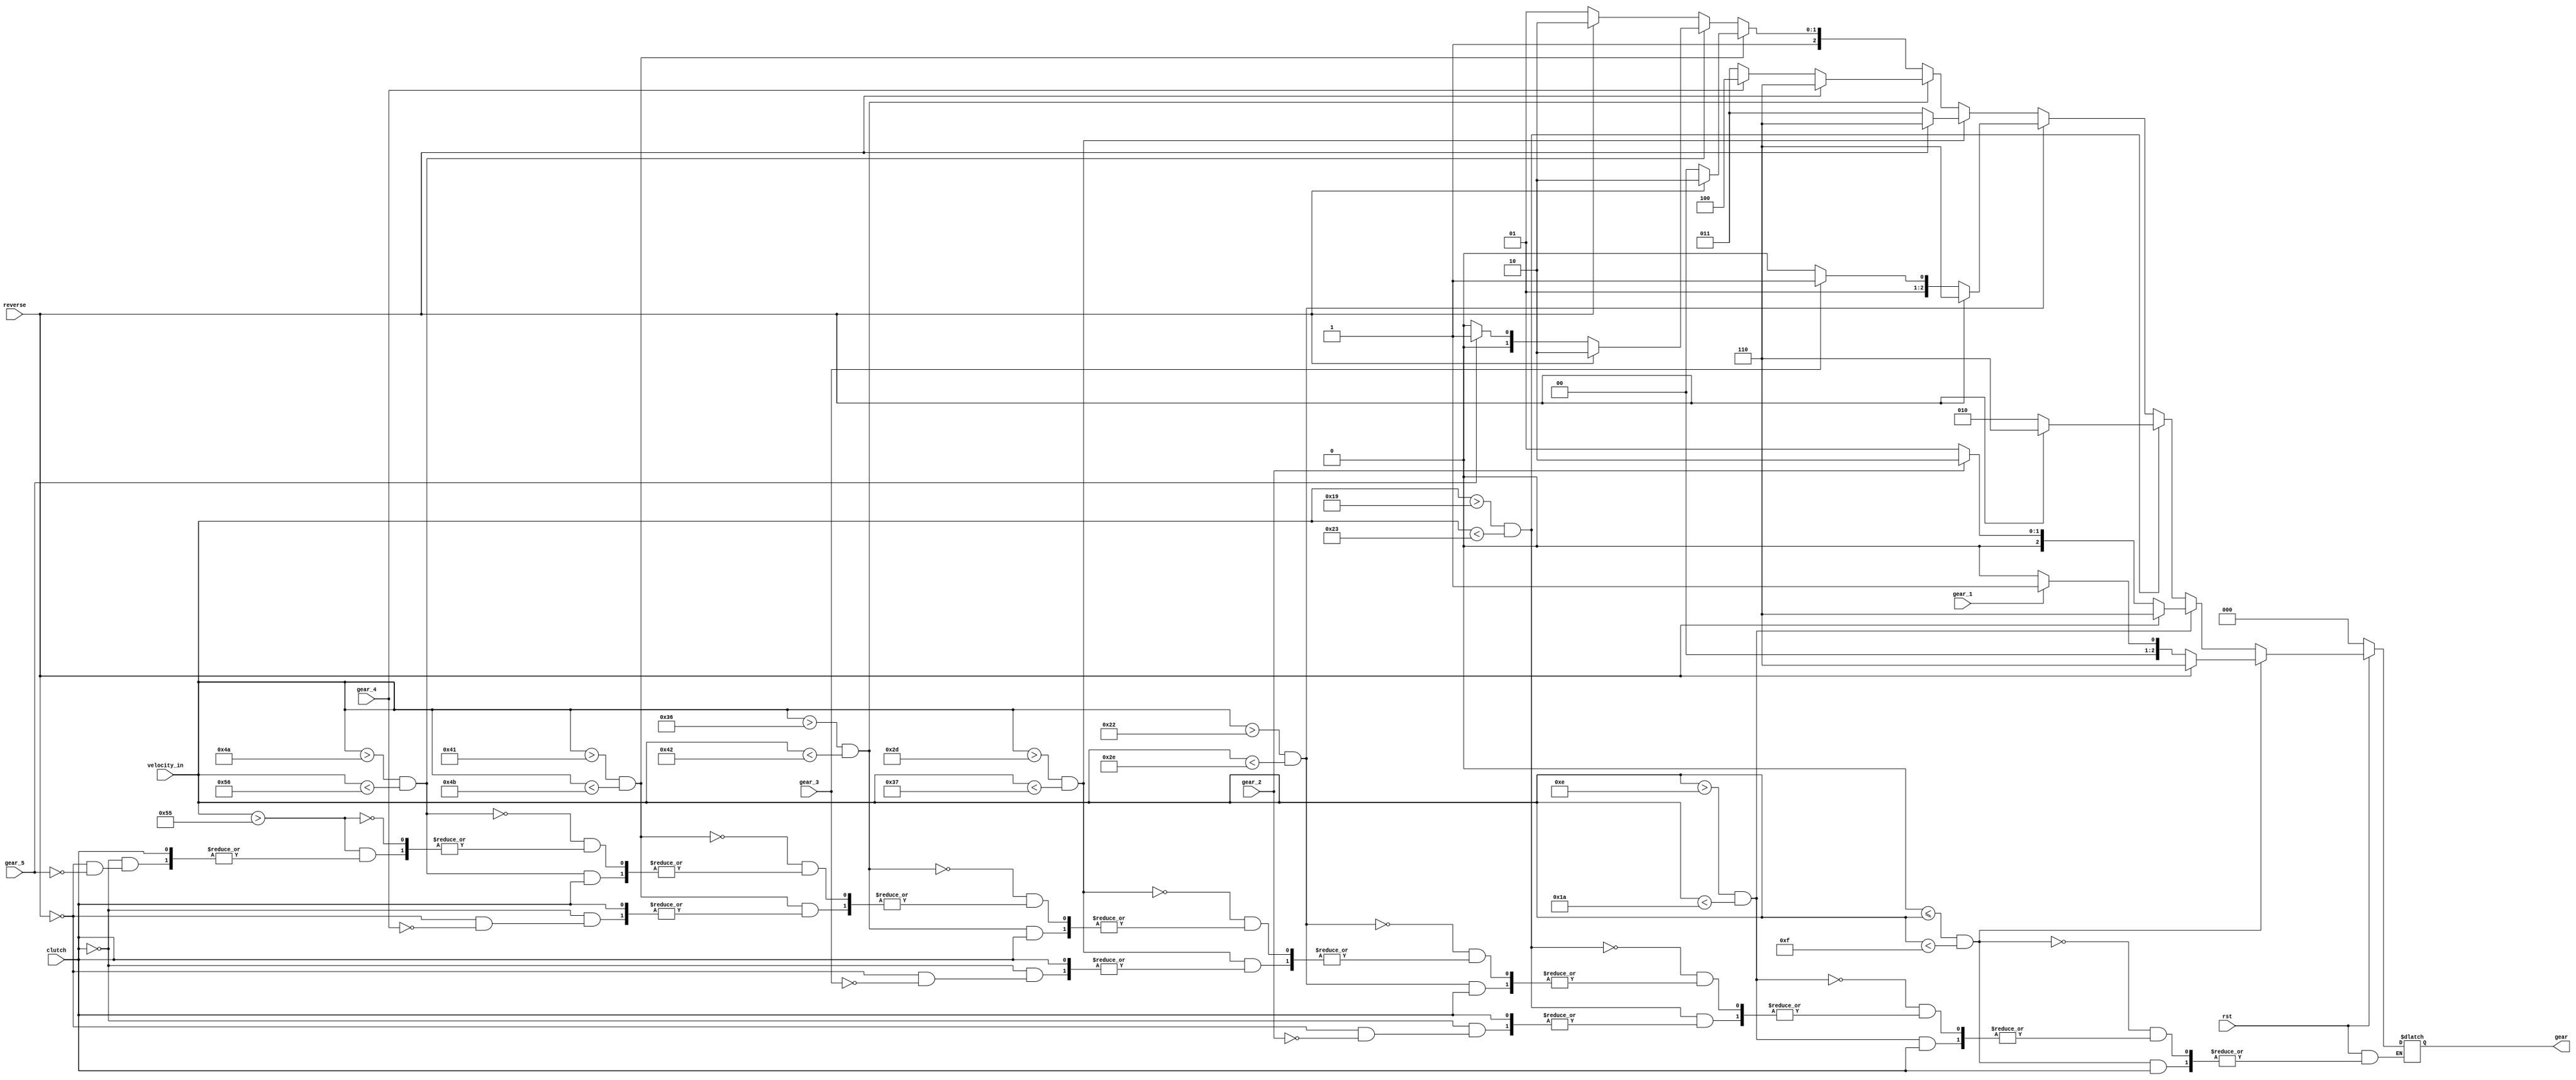
module gear_set(rst,clutch,reverse,gear_1, gear_2, gear_3, gear_4, gear_5, velocity_in, gear);

  
   input rst,clutch,reverse, gear_1, gear_2, gear_3, gear_4, gear_5;
   input [7:0] velocity_in;

   output reg [2:0] gear;

always @(*)
begin
      if(rst)
      begin
         if(velocity_in > 85)
         begin
            if(!clutch)
            begin
               if(!reverse)
               begin
                  if(gear_5)
                     begin
                        gear <= 5;
                     end
                     else
                     begin
                        gear <= gear;
                     end
               end
               else
               begin
                  gear <= 6;
               end
            end
            else
            begin
               gear <= gear;
            end
         end
         if((velocity_in > 74) && (velocity_in < 86))
         begin
            if(!clutch)
            begin
               if(!reverse)
               begin
                  if(gear_5)
                     begin
                        gear <= 5;
                     end
                  else if(!gear_5)
                     begin
                        gear <= 4;
                     end
                  else
                     begin
                     gear <= gear;
                     end
               end
               else
               begin
                  gear <= 6;
               end
            end
            else
            begin
               gear <= gear;
            end
         end 
         if((velocity_in > 65) && (velocity_in < 75))
         begin
            if(!clutch)
            begin
               if(!reverse)
               begin
                  if(gear_4)
                     begin
                        gear <= 4;
                     end
                     else
                     begin
                        gear <= gear;
                     end
               end
               else
               begin
                  gear <= 6;
               end
            end
            else
            begin
               gear <= gear;
            end
         end
        if((velocity_in > 54) && (velocity_in < 66))
         begin
            if(!clutch)
            begin
               if(!reverse)
               begin
                  if(gear_4)
                     begin
                        gear <= 4;
                     end
                  else if(!gear_4)
                     begin
                        gear <= 3;
                     end
                  else
                     begin
                     gear <= gear;
                     end
               end
               else
               begin
                  gear <= 6;
               end
            end
            else
            begin
               gear <= gear;
            end
         end 
         if((velocity_in > 45) && (velocity_in < 55))
         begin
            if(!clutch)
            begin
               if(!reverse)
               begin
                  if(gear_3)
                     begin
                        gear <= 3;
                     end
                  else
                     begin
                        gear <= gear;
                     end
               end
               else
               begin
                  gear <= 6;
               end
            end
            else
            begin
               gear <= gear;
            end
         end
        if((velocity_in > 34) && (velocity_in < 46))
         begin
            if(!clutch)
            begin
               if(!reverse)
               begin
                  if(gear_3)
                     begin
                        gear <= 3;
                     end
                  else if(!gear_3)
                     begin
                        gear <= 2;
                     end
                  else
                     begin
                     gear <= gear;
                     end
               end
               else
               begin
                  gear <= 6;
               end
            end
            else
            begin
               gear <= gear;
            end
         end 
         if((velocity_in > 25) && (velocity_in < 35))
         begin
            if(!clutch)
            begin
               if(!reverse)
               begin
                  if(gear_2)
                     begin
                        gear <= 2;
                     end
                  else
                     begin
                        gear <= gear;
                     end
               end
               else
               begin
                  gear <= 6;
               end   
            end
            else
            begin
               gear <= gear;
            end
         end
         if((velocity_in > 14) && (velocity_in < 26))
         begin
            if(!clutch)
            begin
               if(!reverse)
               begin
                  if(gear_2)
                     begin
                        gear <= 2;
                     end
                  else if(!gear_2)
                     begin
                        gear <= 1;
                     end
                  else
                     begin
                     gear <= gear;
                     end
               end
               else
               begin
                  gear <=6;
               end
            end
            else
            begin
               gear <= gear;
            end
         end 
         if((0 <= velocity_in) && (velocity_in < 15))
         begin
            if(!clutch)
            begin
               if(!reverse)
               begin
                  if(gear_1)
                     begin
                        gear <= 1;
                     end
                  else if(!gear_1)
                     begin
                        gear <= 0;
                     end
                  else
                     begin
                     gear <= gear;
                     end
               end
               else
               begin
                  gear <= 6;
               end
            end
            else
            begin
               gear <= gear;
            end
         end
      end
      else
         begin
         gear <=0;
         end
end
endmodule